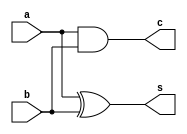
`timescale 1ns / 1ps
//////////////////////////////////////////////////////////////////////////////////
// Company: 
// Engineer: 
// 
// Design Name: 
// Module Name:    S_halfadder 
// Project Name: 
// Target Devices: 
// Tool versions: 
// Description: 
//
// Dependencies: 
//
// Revision: 
// Revision 0.01 - File Created
// Additional Comments: 
//
//////////////////////////////////////////////////////////////////////////////////
module S_halfadder(a,b,s,c);
input a,b;
output s,c;
xor x1(s,a,b);
and x2(c,a,b);

endmodule